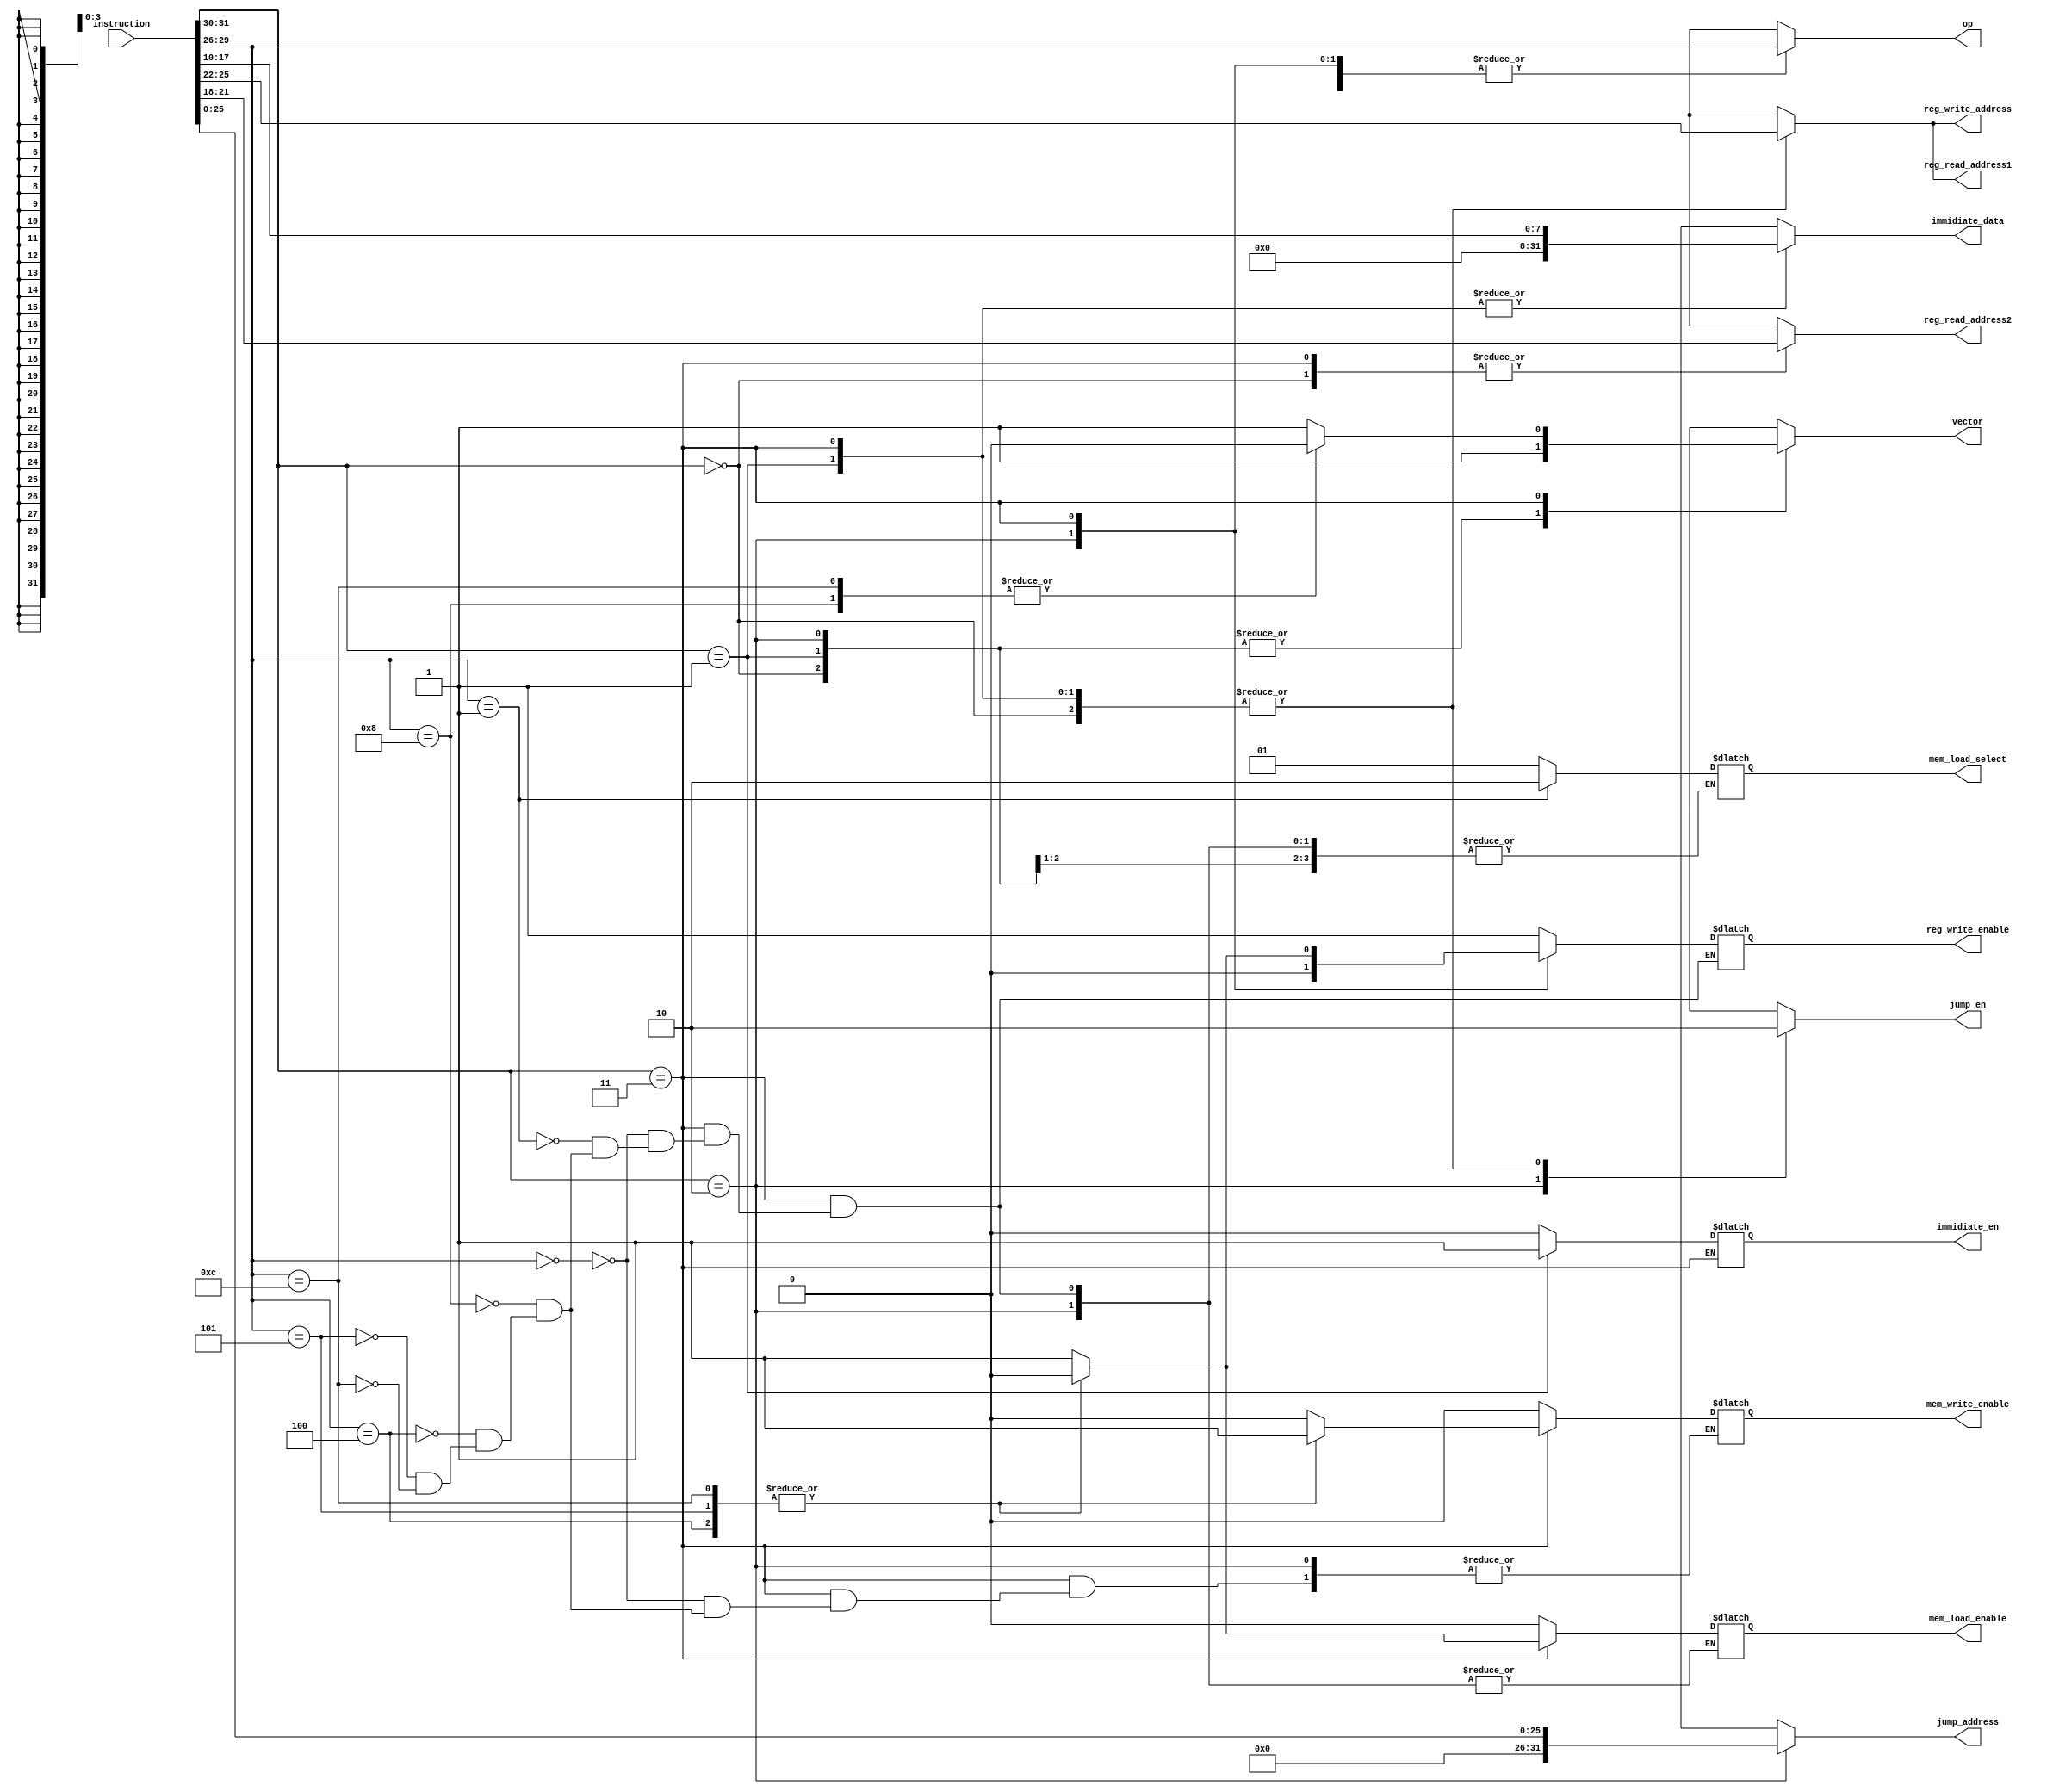
module control_unit(

  // input wire clk,


  input wire [31:0] instruction,

  output reg [3:0] op,

  output reg [3:0] reg_read_address1, 
  output reg [3:0] reg_read_address2, 

  output reg reg_write_enable,
  output reg [3:0] reg_write_address,

  output reg immidiate_en,
  output reg [31:0] immidiate_data, //! recheck

  output reg jump_en,
  output reg [31:0] jump_address,

  // output reg mem_load,
  // output reg mem_store

  output reg vector,
  
  //* load from memory
  output reg mem_load_enable,
  output reg [1:0] mem_load_select,
  // 01 for (LD R0,[2]), 10 for (LD R0,[R1]),11 for (LD R0,[R1+1])

  //* store to memory
  output reg mem_write_enable
  

);

// always @(!clk) begin
always @* begin
  case (instruction[31:30])
    
    2'b00:begin     // alu_register_mode
      
      op = instruction[29:26];

      jump_en = 1'b0;
      // jump_address = 32'b0;
      jump_address = 32'hxxxx;


      reg_read_address1 = instruction[25:22];
      reg_read_address2 = instruction[21:18];

      // reg_write_enable = 1'b0;
      reg_write_enable = 1'b1;
      // reg_write_address = instruction[17:14];
      reg_write_address = instruction[25:22];

      immidiate_en = 1'b0;
      immidiate_data = 32'hxxxx_xxxx;

      mem_load_enable = 1'b0;
      mem_write_enable = 1'b0;


      // vector = 1'b0;
      vector = 1'b1;

    end

    2'b01:begin     // alu_immediate_mode
      
      op = instruction[29:26];

      jump_en = 1'b0;
      jump_address = 32'hxxxx;


      reg_read_address1 = instruction[25:22];
      reg_read_address2 = 4'hx;

      reg_write_enable = 1'b1;
      reg_write_address = instruction[25:22];  // write in reg1 address

      immidiate_en = 1'b1;
      immidiate_data = { 24'b0, instruction[17:10] };
      // immidiate_data = { 14'b0, instruction[17:10], 10'b0 };

      

      // memory I/O now turn off
      mem_load_enable = 1'b0;
      mem_write_enable = 1'b0;

      // vector = 1'b0;
      vector = 1'b1;

    end

    2'b10:begin     // branching
      
      op = instruction[29:26];

      jump_en = 1'b1;
      jump_address = instruction[25:0]; //! todo for jump register


      reg_read_address1 = 4'hx;
      reg_read_address2 = 4'hx;

      reg_write_enable = 1'b0;
      reg_write_address = 32'hxxx;

      immidiate_en = 1'b0;
      immidiate_data = 32'hxxxx_xxxx;

      // vector = 1'b0;
      vector = 1'b1;

    end
    2'b11:begin     // memory_io
      
      op = instruction[29:26];

      jump_en = 1'b0;
      jump_address = 32'hxxxx;


      reg_read_address1 = instruction[25:22];
      reg_read_address2 = instruction[21:18];

      // reg_write_enable = 1'b1;
      reg_write_address = instruction[25:22];   // same as RA

      immidiate_data = { 24'b0, instruction[17:10] };

      // if(op==4'b0011 || op==4'b0001)begin
      //   immidiate_en = 1'b1;
      // end else begin
      //   immidiate_en = 1'b0;
      // end

      vector = 1'b1;

      case (op)

        // load operation
        4'b0000:begin
          reg_write_enable = 1'b1;

          mem_load_select = 2'b01;  // direct
          mem_load_enable = 1'b1;   // reg_write_data_mem/cpu

          // vector = 1'b1;

          mem_write_enable = 1'b0;  //!todo
        end

        4'b0001:begin
          reg_write_enable = 1'b1;

          mem_load_select = 2'b10;  // indirect
          mem_load_enable = 1'b1;

          // vector = 1'b0;


          // mem_write_enable = 1'b0;  //!TODO
        end

        4'b1000:begin
          reg_write_enable = 1'b1;

          mem_load_select = 2'b01;  // direct
          mem_load_enable = 1'b1;   // reg_write_data_mem/cpu

          vector = 1'b0;   // 0 => counter on, 1 => counter reset
          mem_write_enable = 1'b0;  //!todo
        end


        // store operation
        4'b0100:begin
          reg_write_enable = 1'b0;

          mem_load_select = 2'bxx;  // direct
          mem_load_enable = 1'b0;


          mem_write_enable = 1'b1;

        end
        4'b0101:begin
          reg_write_enable = 1'b0;

          mem_load_select = 2'bxx;  // direct
          mem_load_enable = 1'b0;

          mem_write_enable = 1'b1;


        end

        4'b1100:begin
          reg_write_enable = 1'b0;

          mem_load_select = 2'bxx;  // direct
          mem_load_enable = 1'b0;


          mem_write_enable = 1'b1;

          vector = 1'b0;   // 0 => counter on, 1 => counter reset

        end



      endcase
        


    end

  endcase

end



endmodule